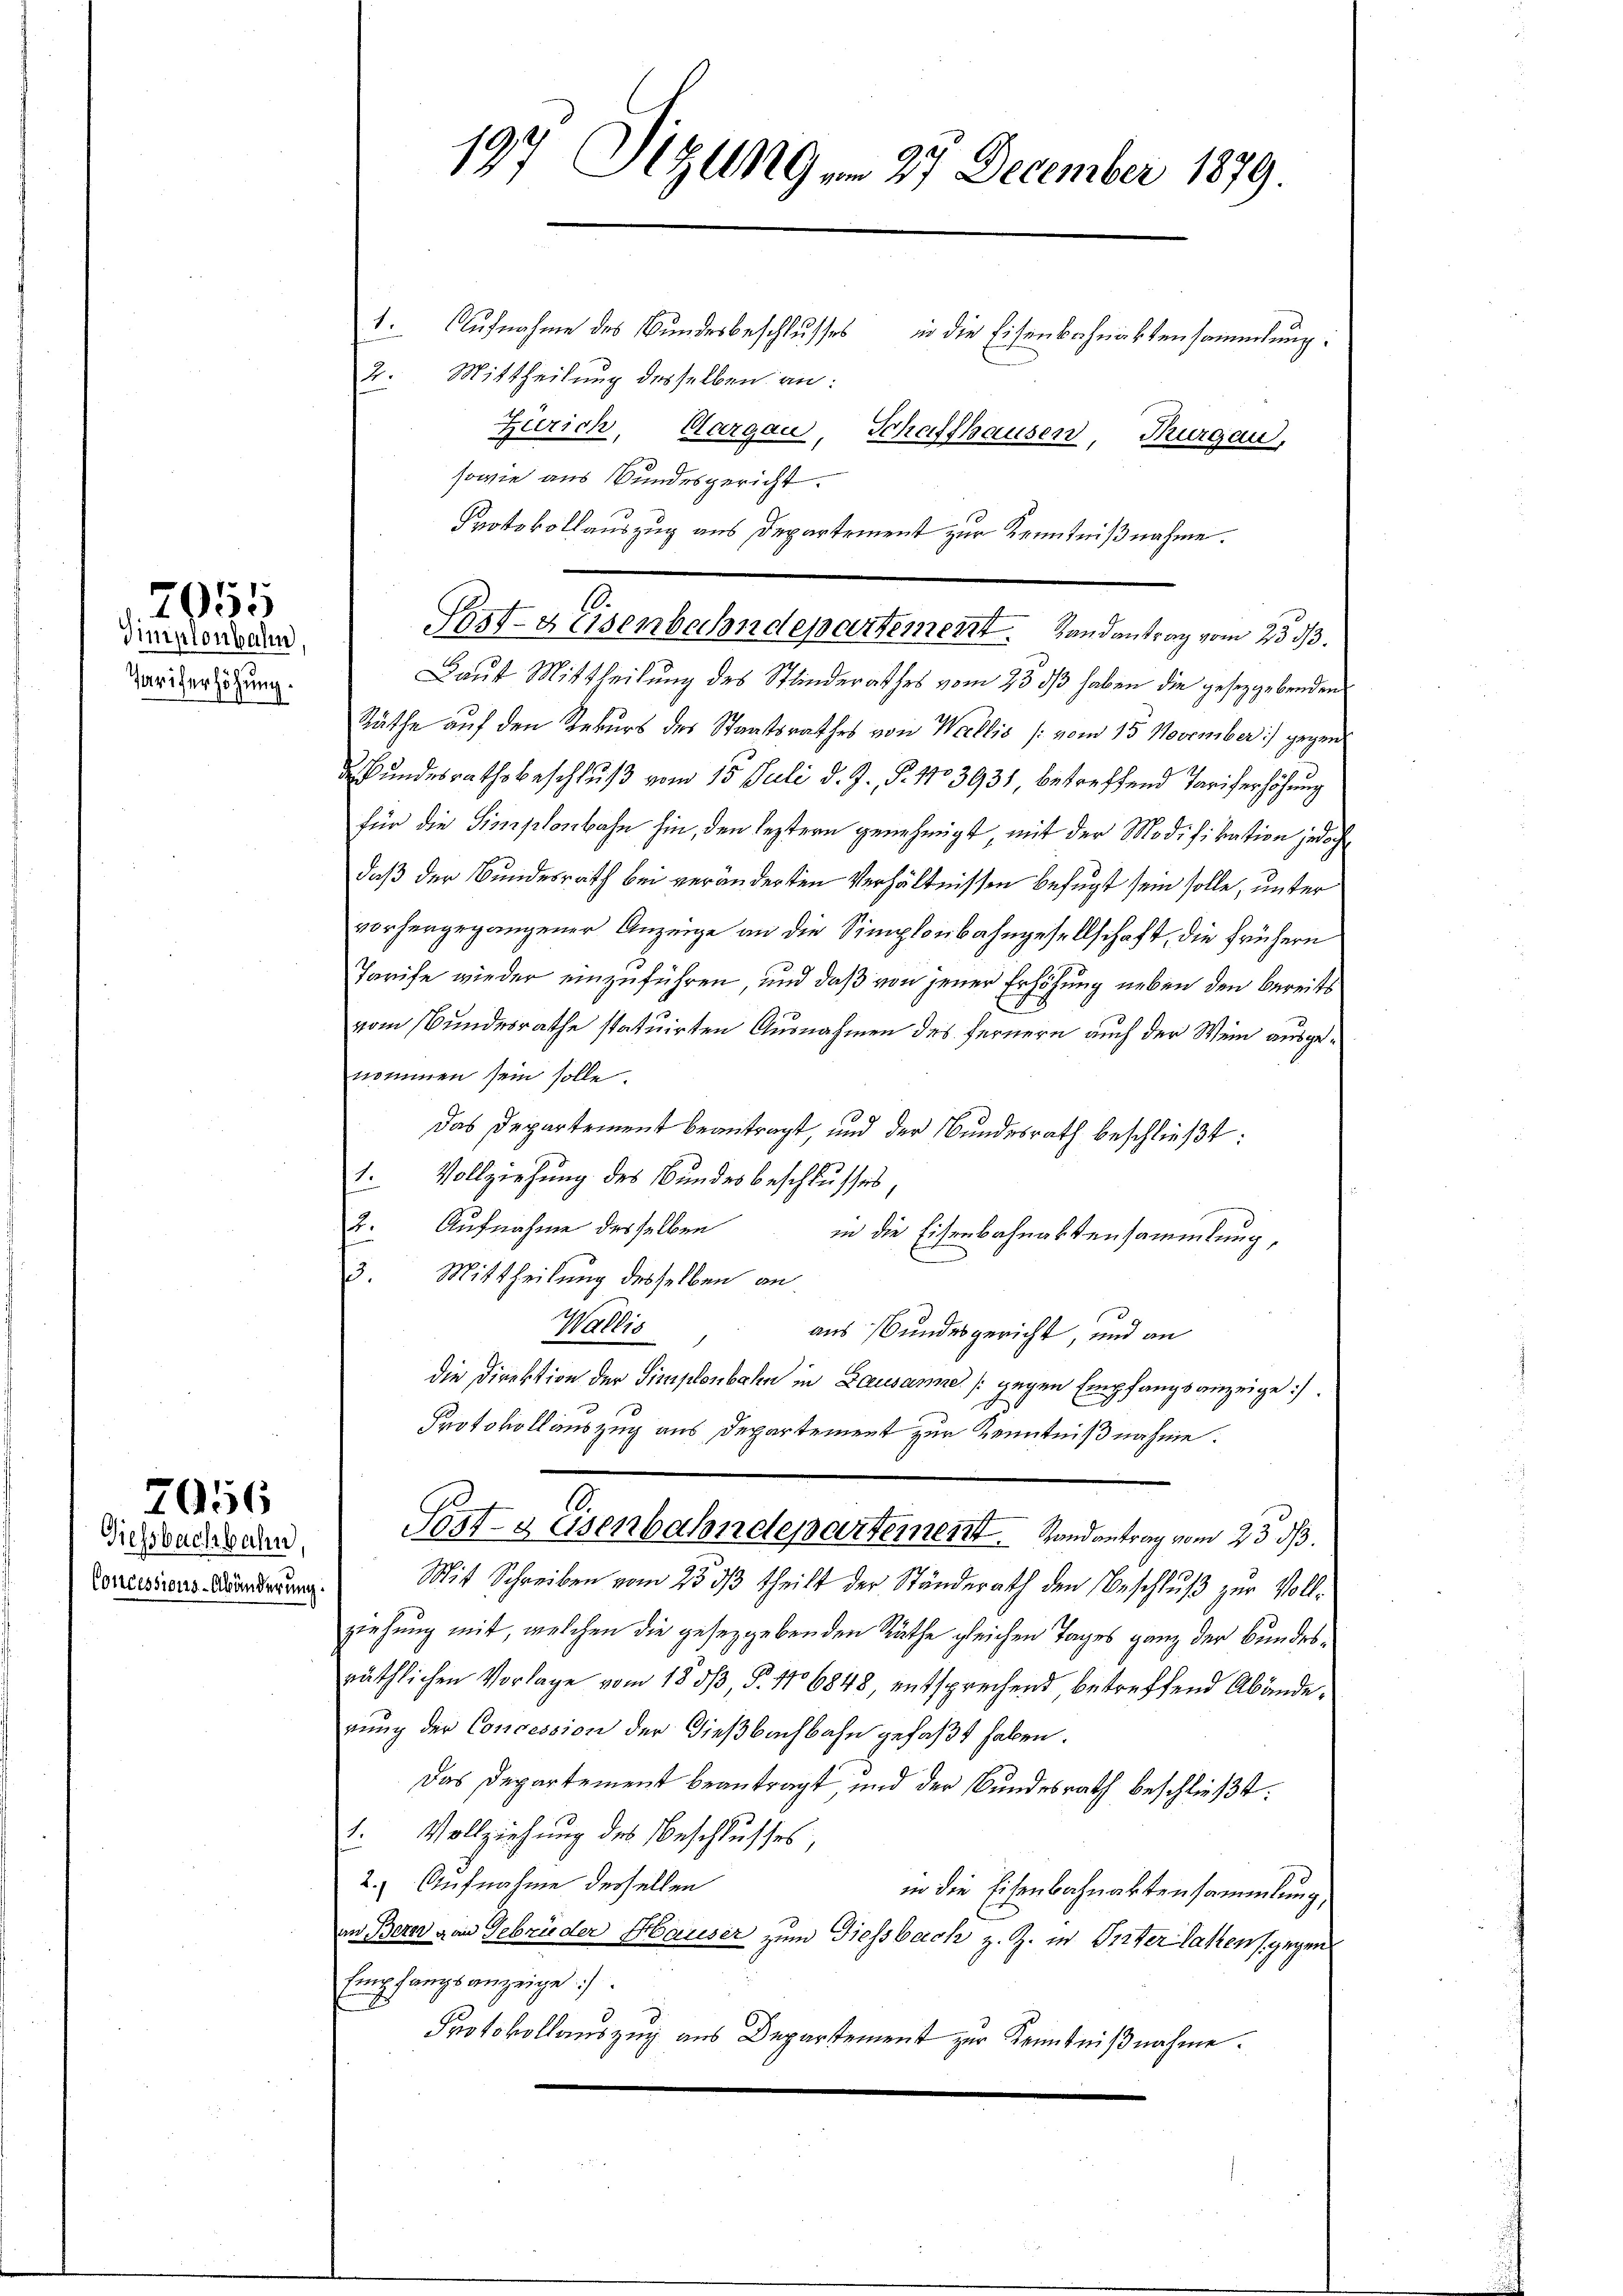
Timplonbahn
Pariserhöhung.

7055

7056

Giessbachbahn,
Concessions-Abänderung

197 Sizung am 27 December 1879.
1. Aufnahme des Bundesbeschlusses in die Eisenbahnaktensammlung:
2. Mittheilung desselben an:
Zürich, Cargau, Schaffhausen, Thurgau,

sowie aus Bundesgericht.
Protokollauszug aus Departement zur Kenntnißnahme.
Laut Mittheilung des Stinderathes vom 23. ds haben die gesetzgebenden
Räthe auf den Rekurs des Staatsrathes von Wallis (vom 15. November :/ gegen
ABundesrathsbeschluß vom 15. Juli d. J., S. 1103931, betreffend Tariferhöhung
für die Simplonbahn hin, den leztern genehmigt, mit der Modifikation jedoch
daß der Bundesrath bei veränderten Verhältnissen befugt sein solle, unter
vorhergegangener Anzeige an die Simplonbahngesellschaft, die frühern
Tarife wieder einzuführen, und daß von jener Erhöhung neben den bereits
vom Bundesrathe statuirten Ausnahmen des fernern auch der Wein ausgenommen sein solle.
Das Departement beantragt, und der Bundesrath beschließt:
Vollziehung des Bundesbeschlusses,
s
Aufnahme desselben
in die Eisenbahnaktensammlung,
bet
3. Mittheilung desselben an
Wallis
aus Bundesgericht, und an
die Direktion der Simplenbahn in Lausanne (gegen Empfangsanzeige
Protokollauszug aus Departement zur Kenntnißnahme.
Post- & Eisenbahndepartement Randantrag vom 23. ds.
Mit Schreiben vom 25. dβ theilt der Ständerath den Beschlŭβ zŭr Voll-
ziehung mit, welchen die gesetzgebenden Räthe gleichen Tages ganz der Bundesräthlichen Vorlage vom 12. dβ, §. 116848 entsprechend, betreffend Abänderung der Concession der Dießbachbahn gefaßt haben.
Das Departement beantragt und der Bundesrath beschließt:
1. Vollziehung des Beschlusses,
2.) Aufnahme derselben
in die Eisenbahnaktensammlung,
an Bern van Gebrüder Hauser zum Giessbach z. Z. in Pirter latzen (gegen
Empfangsanzeige
Protokollauszug aus Departement zur Kenntnißnahme.

10.
Post- & Eisenbahndepartement. Randantrag vom 23 33.